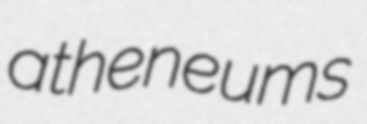
atheneums